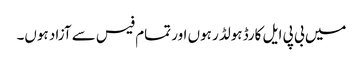
میں بی پی ایل کارڈ ہولڈر ہوں اور تمام فیس سے آزاد ہوں۔